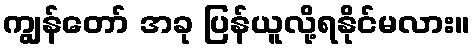
ကျွန်တော် အခု ပြန်ယူလို့ရနိုင်မလား။